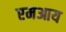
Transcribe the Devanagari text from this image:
एमआय